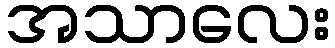
အသာလေး